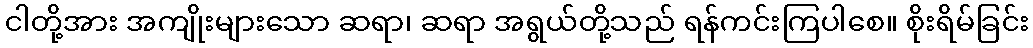
ငါတို့အား အကျိုးများသော ဆရာ၊ ဆရာ အရွယ်တို့သည် ရန်ကင်းကြပါစေ။ စိုးရိမ်ခြင်း